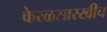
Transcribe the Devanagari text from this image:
केरळसारखीच